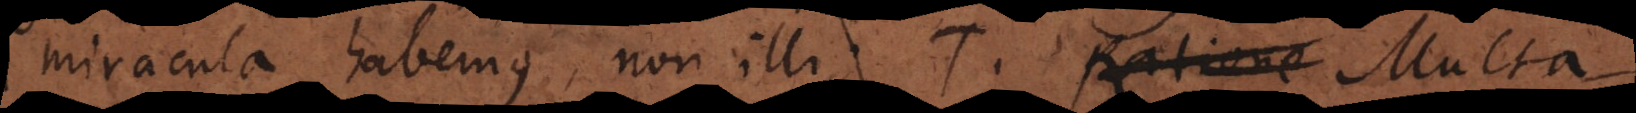
miracula habemus, non illi. T. Ratione Multa